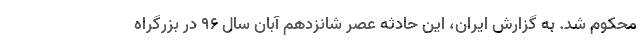
محکوم شد. به گزارش ایران، این حادثه عصر شانزدهم آبان سال ۹۶ در بزرگراه